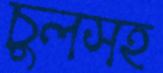
চুলসহ